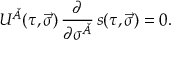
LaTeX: U ^ { \check { A } } ( \tau , \vec { \sigma } ) \, \frac { \partial } { \partial \sigma ^ { \check { A } } } \, s ( \tau , \vec { \sigma } ) = 0 .